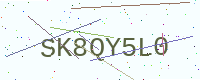
Text: SK8QY5L0